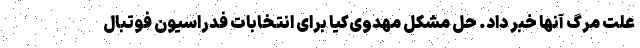
علت مرگ آنها خبر داد. حل مشکل مهدوی‌کیا برای انتخابات فدراسیون فوتبال